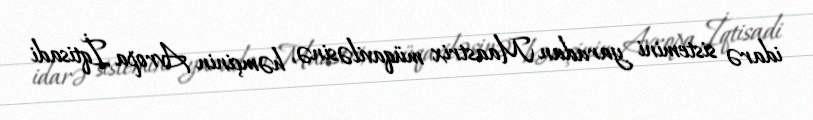
idarə sistemini yaradan Maastrix müqaviləsinə, həmçinin Avropa İqtisadi